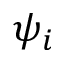
\psi _ { i }